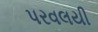
પરવલયી